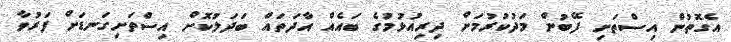
އެގޮތުން އިސްތަށި ފޭބުން މަދުކުރުމަށް ދިރިއުޅުމުގެ ބައެއް އާދަތައް ބަދަލުކޮށް އިސްތަށިގަނޑަށް ފަރުވާ